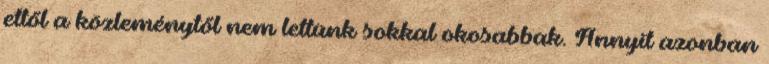
ettől a közleménytől nem lettünk sokkal okosabbak. Annyit azonban